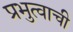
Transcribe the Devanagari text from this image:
प्रभुत्वाची